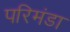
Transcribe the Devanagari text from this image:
परिमंडा